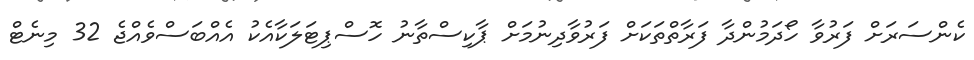
ކެންސަރަށް ފަރުވާ ހޯދަމުންދާ ފަރާތްތަކަށް ފަރުވާދިނުމަށް ޕާކިސްތާނު ހޮސްޕިޓަލަކާއެކު އެއްބަސްވެއްޖެ 32 މިނެޓް